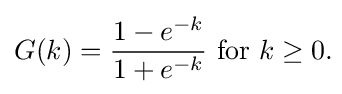
G(k)={\frac {1-e^{-k}}{1+e^{-k}}}{\text{ for }}k\geq 0.\!